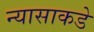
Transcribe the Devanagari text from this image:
न्यासाकडे